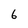
Character: 6